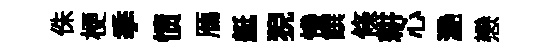
侏梗季愤鴈艇猊慘饌條耕心灧戀